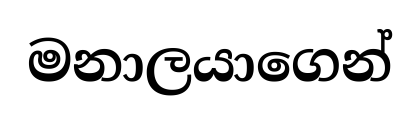
මනාලයාගෙන්